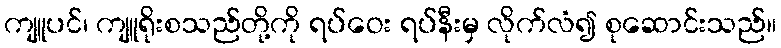
ကျူပင်၊ ကျူရိုးစသည်တို့ကို ရပ်ဝေး ရပ်နီးမှ လိုက်လံ၍ စုဆောင်းသည်။